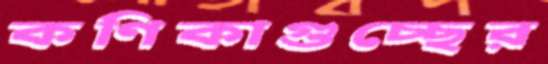
কণিকাগুচ্ছের